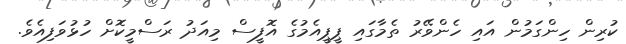
ކުރިން ހިންގަމުން އައި ހެންވޭރު ތެމާގައި ޕީޕީއެމުގެ އޮފީސް މިއަދު ރަސްމީކޮށް ހުޅުވަފިއެވެ.